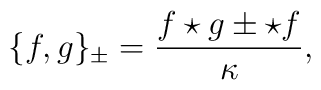
\{f,g\}_{\pm}=\frac{f \star g \pm  \star f}{\kappa},